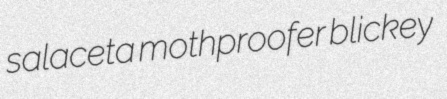
salaceta mothproofer blickey